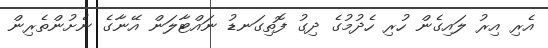
އެރި އިރު ލައިގެން ހުރި ހެދުމުގެ ދިގު ފޮތިގަނޑު ނައްޓާލަން އޭނާގެ ނެށުންތެރިން